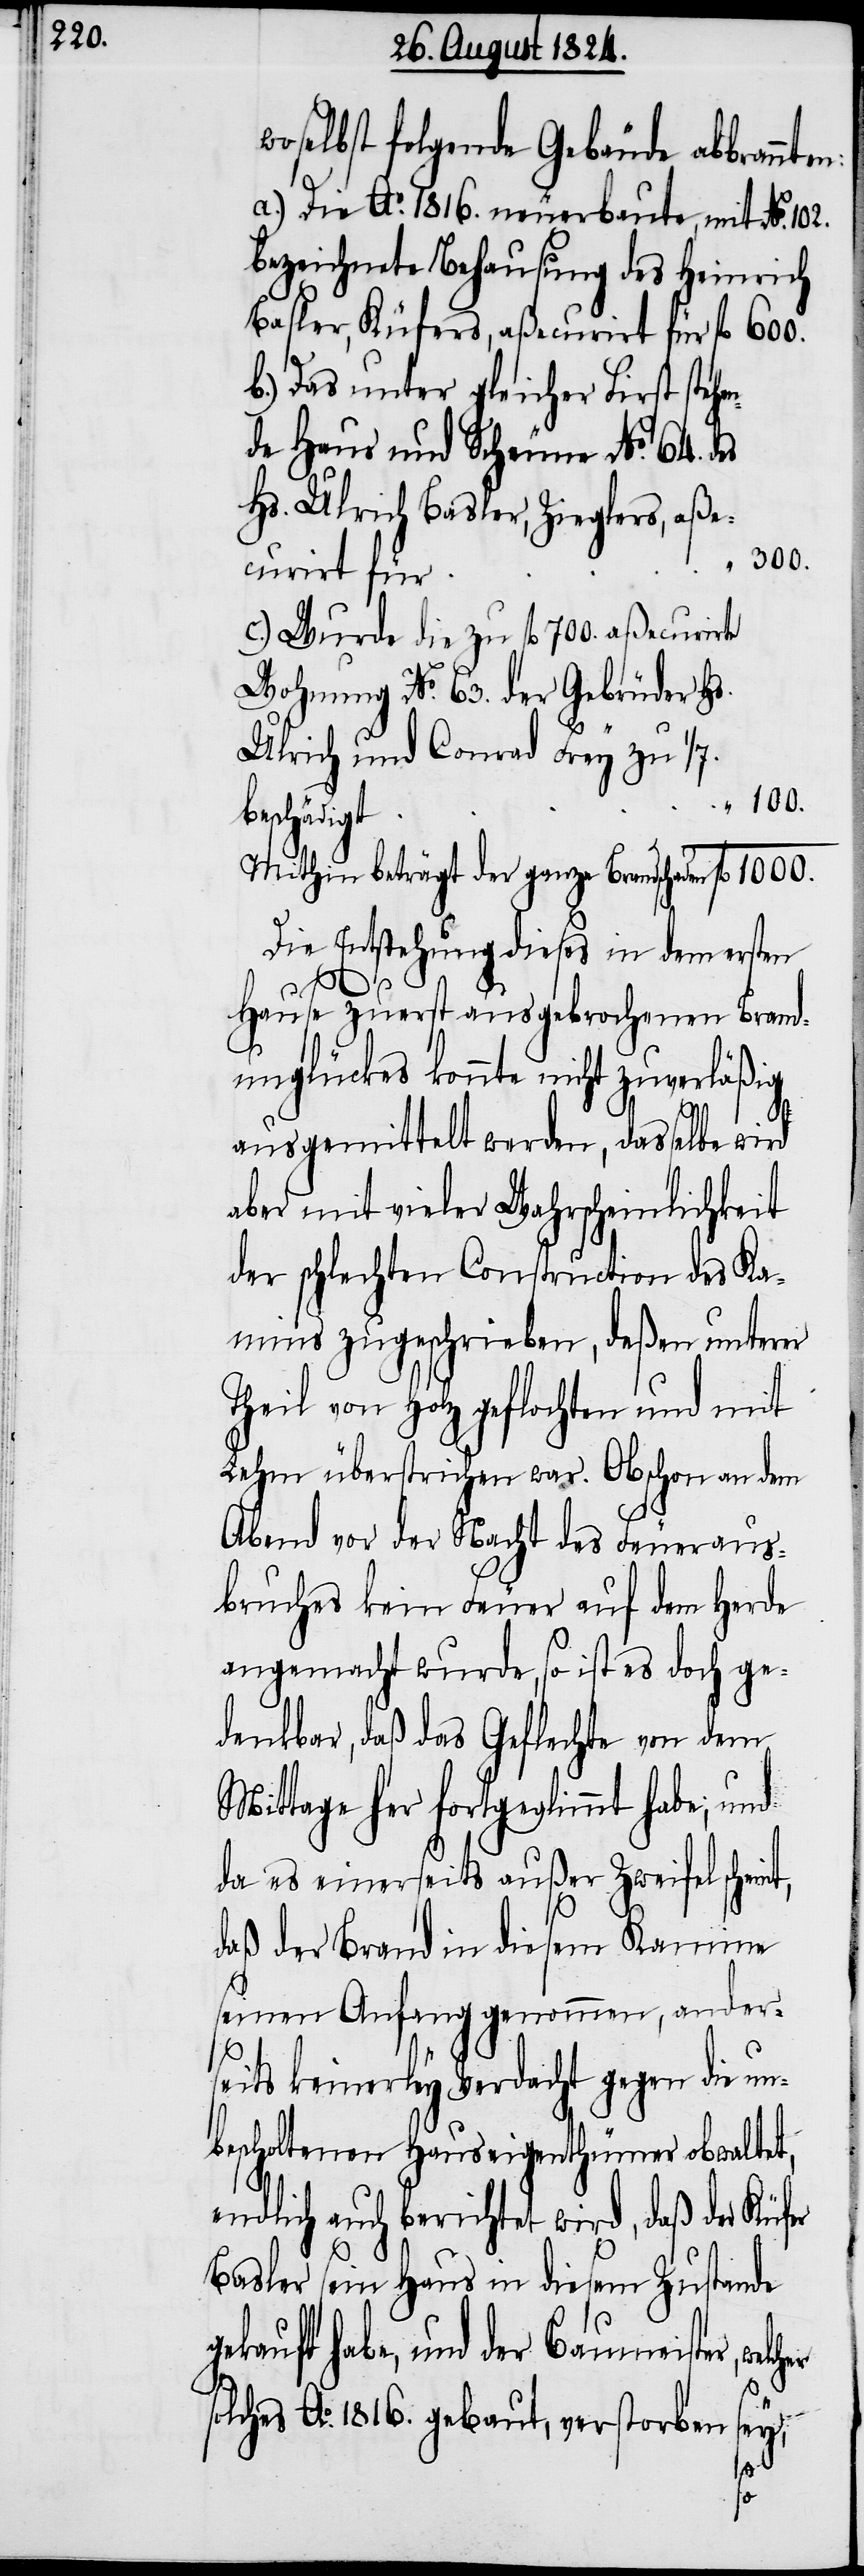
woselbst folgende Gebäude abbrann¬
a.) Die Ao. 1816. neuerbaute, mit No. 102.
bezeichnete Behausung des Heinrich
Basler, Küfers, aßecurirt für
b.) Das unter gleicher First stehe¬
de Haus und Scheune No. 64. des
Hs. Ulrich Basler, Zieglers, aße¬
“ 300.
curirt für
c.) Wurde die zu fl 700. aßecurirte
Wohnung No. 63. der Gebrüder Hs.
Ulrich und Conrad Frey zu 1/7.
“ 100.
beschädigt
Mithin beträgt der ganze Brandschaden
Die Entstehung dieses in dem ersten
Hause zuerst ausgebrochenen Brand¬
unglückes konnte nicht zuverläßig
ausgemittelt werden, dasselbe wird
aber mit vieler Wahrscheinlichkeit
der schlechten Construction des Ka¬
mins zugeschrieben, deßen unterer
Theil von Holz geflochten und mit
Lehm überstrichen war. Obschon an dem
Abend vor der Nacht des Feueraus¬
bruches kein Feuer auf dem Herde
angemacht wurde, so ist es doch ge¬
denkbar, daß das Geflechte von dem
Mittage her fortgeglimmt habe; und
da es einerseits außer Zweifel schein¬
daß der Brand in diesem Kamine
seinen Anfang genommen, ander¬
seits keinerley Verdacht gegen die un¬
bescholtenen Hauseigenthümer obwaltet,
endlich auch berichtet wird, daß der Küfer
Basler sein Haus in diesem Zustande
gekauft habe, und der Baumeister, wel¬
lches Ao. 1816. gebaut, verstorben sey,
cher
so¬